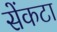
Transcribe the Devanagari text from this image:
सेंकटा